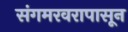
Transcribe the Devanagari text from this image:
संगमरवरापासून